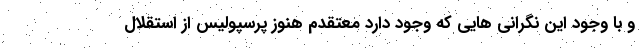
و با وجود این نگرانی هایی که وجود دارد معتقدم هنوز پرسپولیس از استقلال